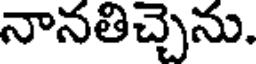
నానతిచ్చెను.